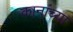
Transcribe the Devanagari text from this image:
कानांच्या